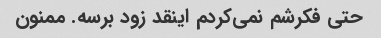
حتی فکرشم نمی‌کردم اینقد زود برسه. ممنون